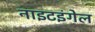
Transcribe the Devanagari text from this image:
नाइटइंगेल